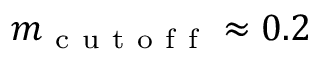
m _ { \mathrm { ~ c ~ u ~ t ~ o ~ f ~ f ~ } } \approx 0 . 2